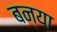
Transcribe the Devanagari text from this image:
बन्या